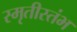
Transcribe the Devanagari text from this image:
स्मृतीस्तंभ